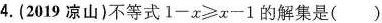
4.(2019凉山)不等式$$1-x\geqslant x-1$$的解集是()